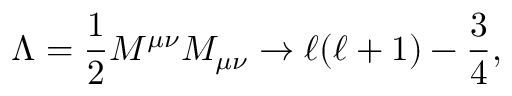
\Lambda = { \frac { 1 } { 2 } } M ^ { \mu \nu } M _ { \mu \nu } \rightarrow \ell ( \ell + 1 ) - { \frac { 3 } { 4 } } ,